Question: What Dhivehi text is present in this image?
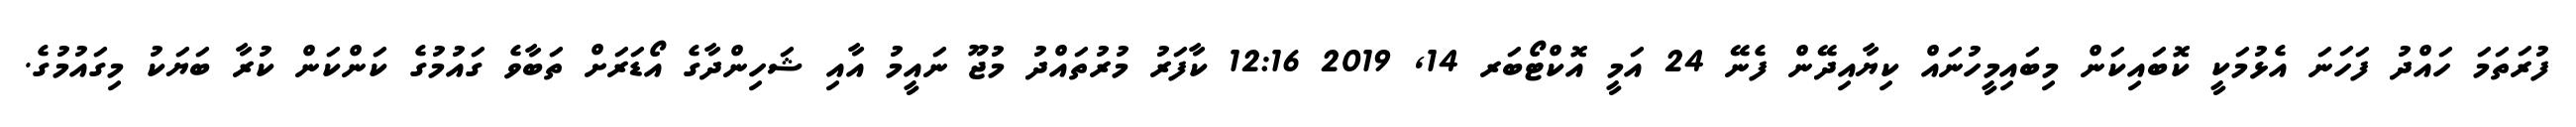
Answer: ފުރަތަމަ ހައްދު ފަހަނަ އެޅުމަކީ ކޮބައިކަން މިބައިމީހުނައް ކިޔާއިދޭން ފެނޭ 24 އަމީ އޮކްޓޯބަރ 14, 2019 12:16 ކާފަރު މުރުތައްދު މުޖޫ ނައީމު އާއި ޝަހިންދާގެ އޯޑަރަށް ތަބާވެ ގައުމުގެ ކަންކަން ކުރާ ބަޔަކު މިގައުމުގެ.